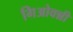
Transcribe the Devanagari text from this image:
गिओवन्नी